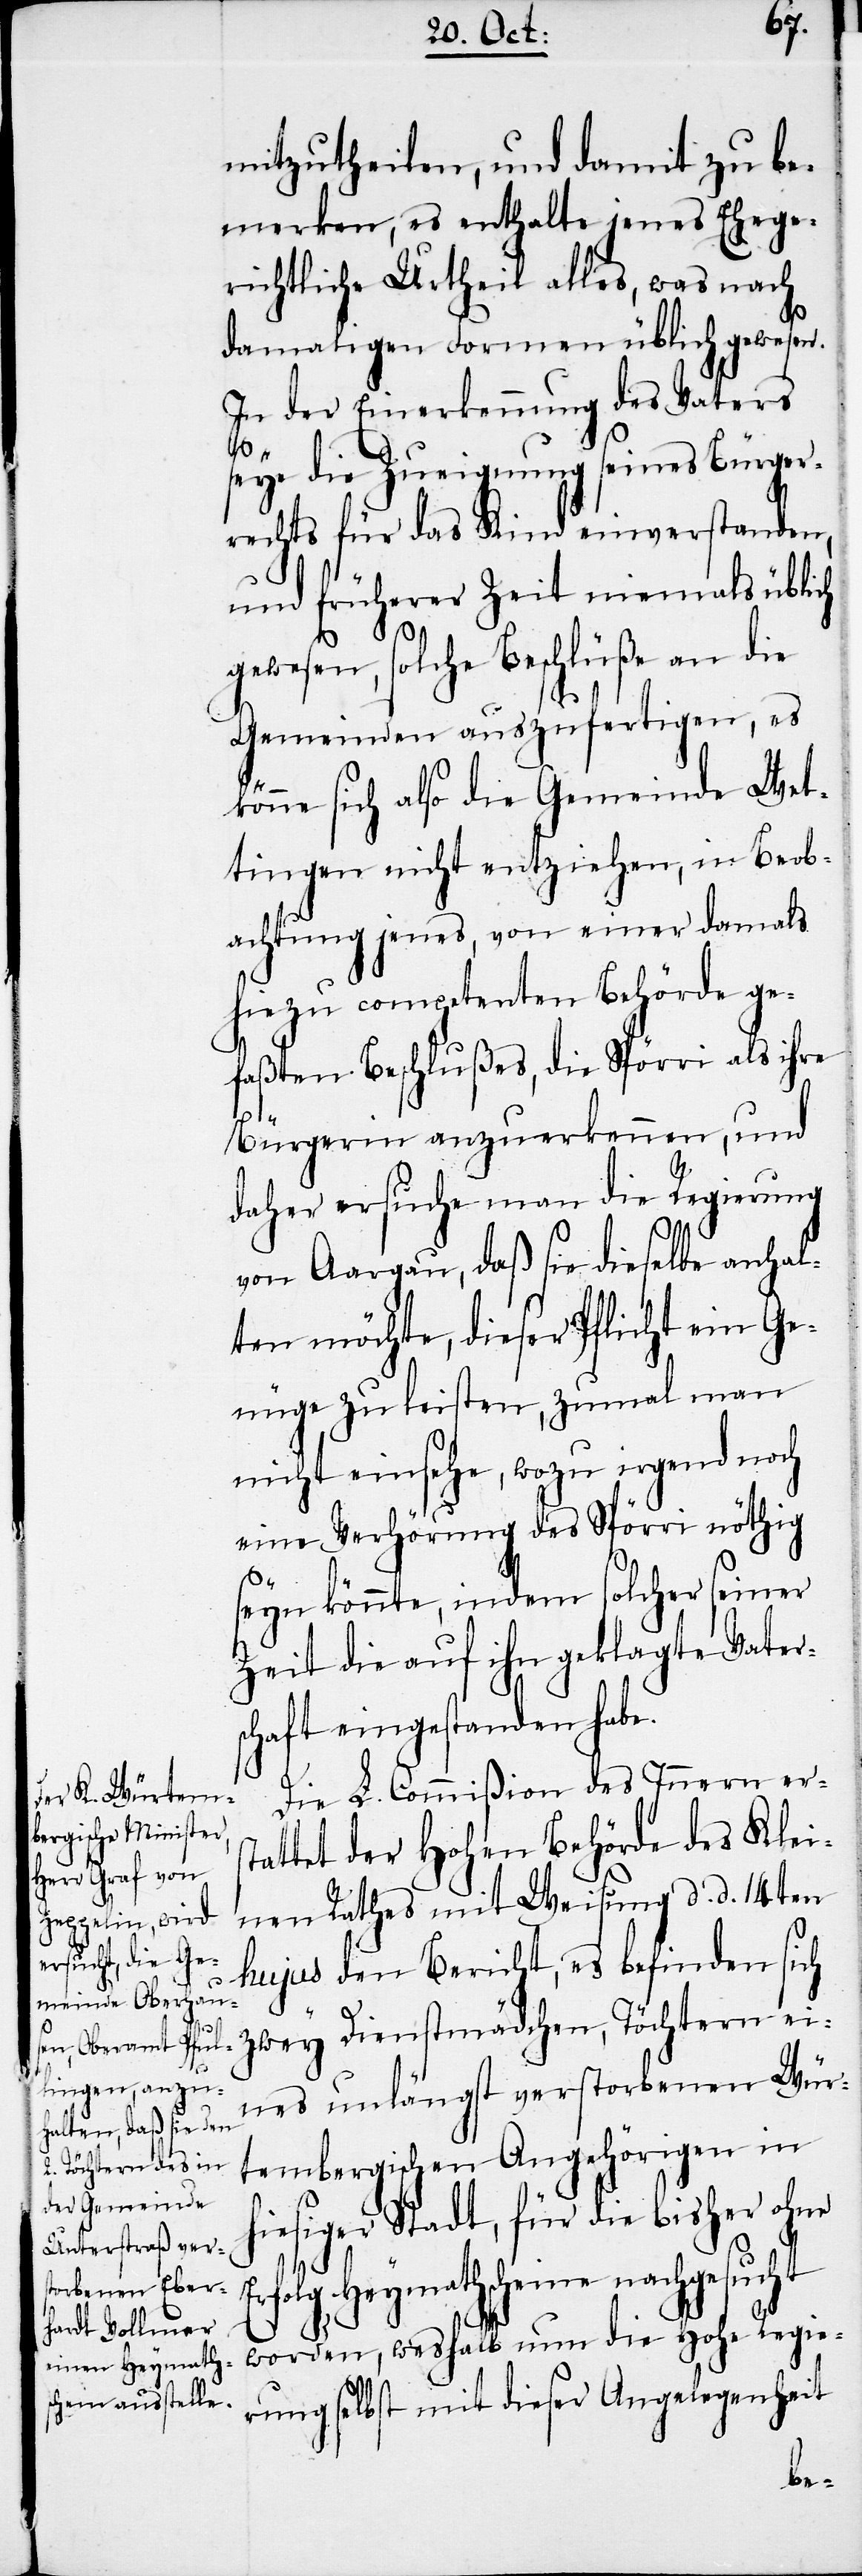
E¬
mitzutheilen, und damit zu be¬
merken, es enthalte jenes Ehege¬
richtliche Urtheil alles, was nach
damaligen Formen üblich gewesen.
In der Einerkennung des Vaters
seye die Zueignung seines Bürger¬
rechts für das Kind einverstanden,
und früherer Zeit niemals üblich
gewesen, solche Beschlüße an die
Gemeinden auszufertigen, es
könne sich also die Gemeinde Wet¬
tingen nicht entziehen, in Beob¬
achtung jenes, von einer damals
hiezu competenten Behörde ge¬
faßten Beschlußes, die Spörri als ihre
Bürgerin anzuerkennen, und
daher ersuche man die Regierung
von Aargau, daß sie dieselbe anhal¬
ten möchte, dieser Pflicht ein Ge¬
nüge zu leisten, zumal man
nicht einsehe, wozu irgend noch
eine Verhörung des Spörri nöthig
seyn könnte, indem solcher seiner
Zeit die auf ihn geklagte Vater¬
schaft eingestanden habe.
Die L. Commißion des Innern ers¬
tattet der Hohen Behörde des Klei¬
nen Rathes mit Weisung d. d. 14ten
hujus den Bericht, es befinden sich
zwey Dienstmädchen, Töchtern ei¬
nes unlängst verstorbenen Wür¬
tembergischen Angehörigen in
hiesiger Stadt, für die bisher ohne
rfolg Heymathscheine nachgesucht
worden, weshalb nun die Hohe Regie¬
rung selbst mit dieser Angelegenheit